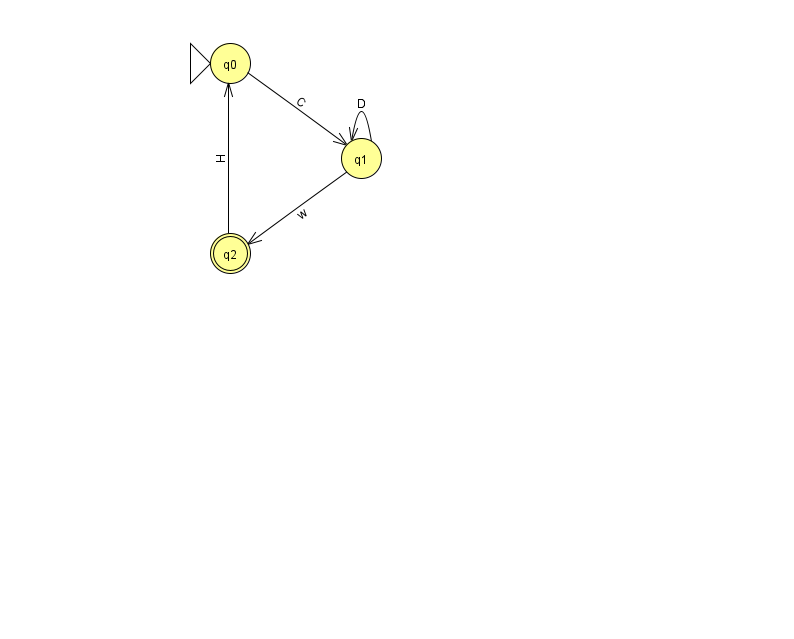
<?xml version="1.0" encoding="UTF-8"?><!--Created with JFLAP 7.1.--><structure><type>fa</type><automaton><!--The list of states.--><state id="0" name="q0"><x>230.0</x><y>50.0</y><initial/></state><state id="1" name="q1"><x>361.0</x><y>145.0</y></state><state id="2" name="q2"><x>230.0</x><y>240.0</y><final/></state><!--The list of transitions.--><transition><from>0</from><to>1</to><read>C</read></transition><transition><from>1</from><to>1</to><read>D</read></transition><transition><from>1</from><to>2</to><read>w</read></transition><transition><from>2</from><to>0</to><read>H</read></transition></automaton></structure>